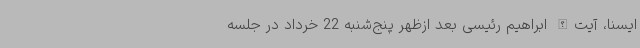
ایسنا، آیت‌الله ابراهیم رئیسی بعد ازظهر پنج‌شنبه 22 خرداد در جلسه